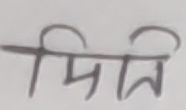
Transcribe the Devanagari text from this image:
तिम्रो